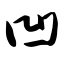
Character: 凹